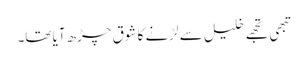
تبھی تجھے خلیل سے لڑنے کا شوق چڑھ آیا تھا۔